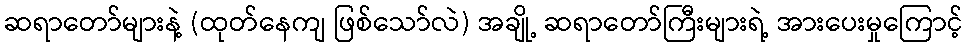
ဆရာတော်များနဲ့ (ထုတ်နေကျ ဖြစ်သော်လဲ) အချို့ ဆရာတော်ကြီးများရဲ့ အားပေးမှုကြောင့်